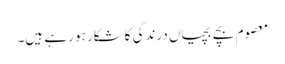
معصوم بچے بچیاں درندگی کاشکار ہو رہے ہیں۔